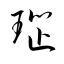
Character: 瑙